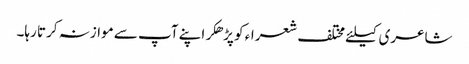
شاعری کیلئے مختلف شعراء کو پڑھکر اپنے آپ سے موازنہ کرتا رہا۔